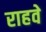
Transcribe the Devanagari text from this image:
राहवे